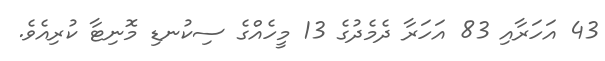
43 އަހަރާއި 83 އަހަރާ ދެމެދުގެ 13 މީހެއްގެ ސިކުނޑި މޮނިޓާ ކުރިއެވެ.